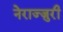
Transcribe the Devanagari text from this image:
नेराज्ज़ुरी